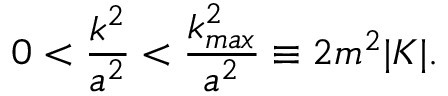
0 < \frac { k ^ { 2 } } { a ^ { 2 } } < \frac { k _ { m a x } ^ { 2 } } { a ^ { 2 } } \equiv 2 m ^ { 2 } | K | .